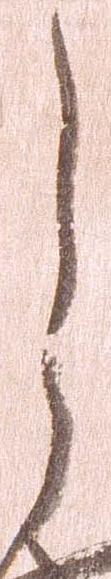
し